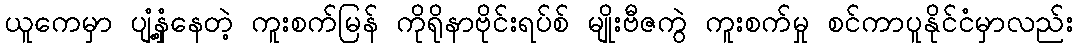
ယူကေမှာ ပျံ့နှံ့နေတဲ့ ကူးစက်မြန် ကိုရိုနာဗိုင်းရပ်စ် မျိုးဗီဇကွဲ ကူးစက်မှု စင်ကာပူနိုင်ငံမှာလည်း